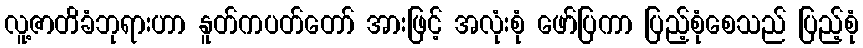
လူ့ဇာတိခံဘုရားဟာ နူတ်ကပတ်တော် အားဖြင့် အလုံးစုံ ဖော်ပြကာ ပြည့်စုံစေသည် ပြည့်စုံ